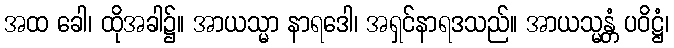
အထ ခေါ၊ ထိုအခါ၌။ အာယသ္မာ နာရဒေါ၊ အရှင်နာရဒသည်။ အာယသ္မန္တံ ပဝိဋ္ဌံ၊